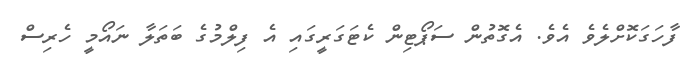
ފާހަގަކޮށްލެވެ އެވެ. އެގޮތުން ސަޕޯޓިން ކެޓަގަރީގައި އެ ފިލްމުގެ ބަތަލާ ނައޯމީ ހެރިސް